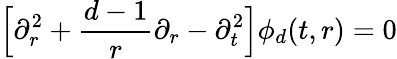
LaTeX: \Big[\partial_{r}^{2}+\frac{d-1}{r}\partial_{r}-\partial_{t}^{2}\Big]\phi_{d}(t,r)=0